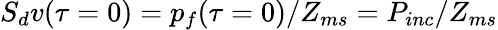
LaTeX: S_{d}v(\tau=0)=p_{f}(\tau=0)/Z_{ms}=P_{inc}/Z_{ms}